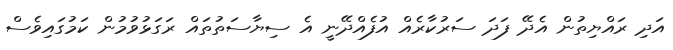
އަދި ރައްޔިތުން އެދޭ ފަދަ ސަރުކާރެއް އުފެއްދޭނީ އެ ސިޔާސަތުތައް ރަގަޅުވުމުން ކަމުގައިވެސް